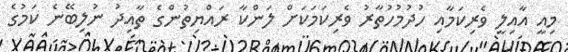
މިއީ އާއިލީ ވެރިކަމާއި ހުދުމުހުތާރު ވެރިކަމަކަށް ލަންކާ ރައްޔިތުންގެ ތާއިދު ނުލިބޭނެ ކަމުގެ